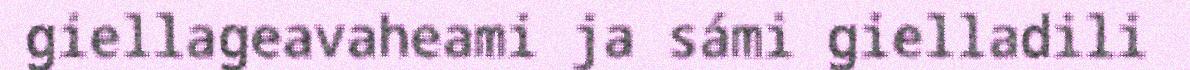
giellageavaheami ja sámi gielladili